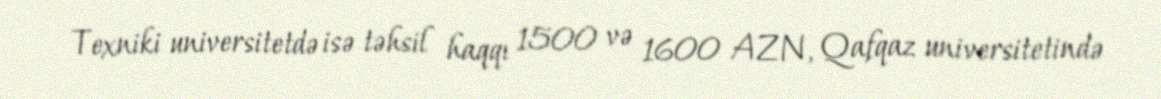
Texniki universitetdə isə təhsil haqqı 1500 və 1600 AZN, Qafqaz universitetində